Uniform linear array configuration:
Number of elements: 24
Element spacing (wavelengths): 0.25
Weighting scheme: blackman
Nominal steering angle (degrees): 45
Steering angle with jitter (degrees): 44.0
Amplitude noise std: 0.05
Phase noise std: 0.05

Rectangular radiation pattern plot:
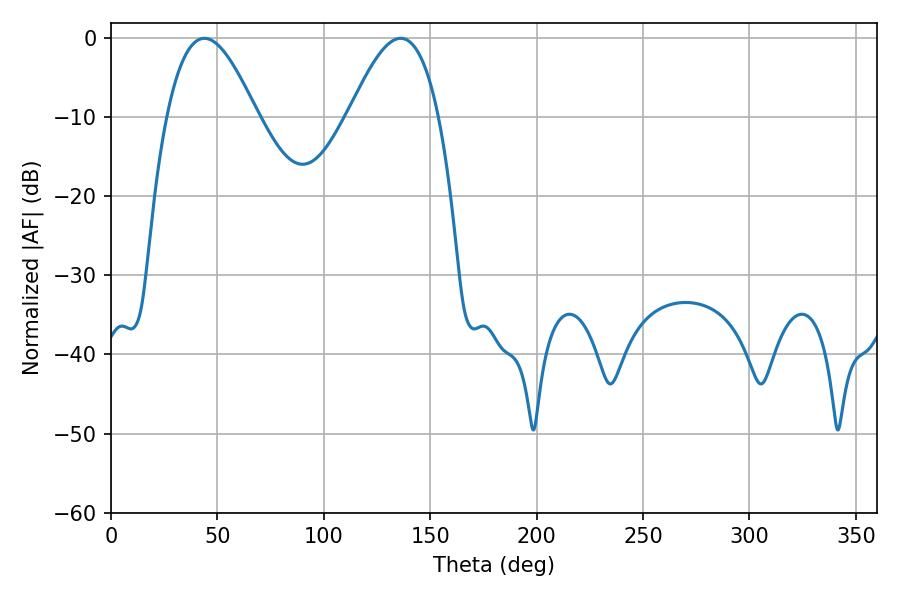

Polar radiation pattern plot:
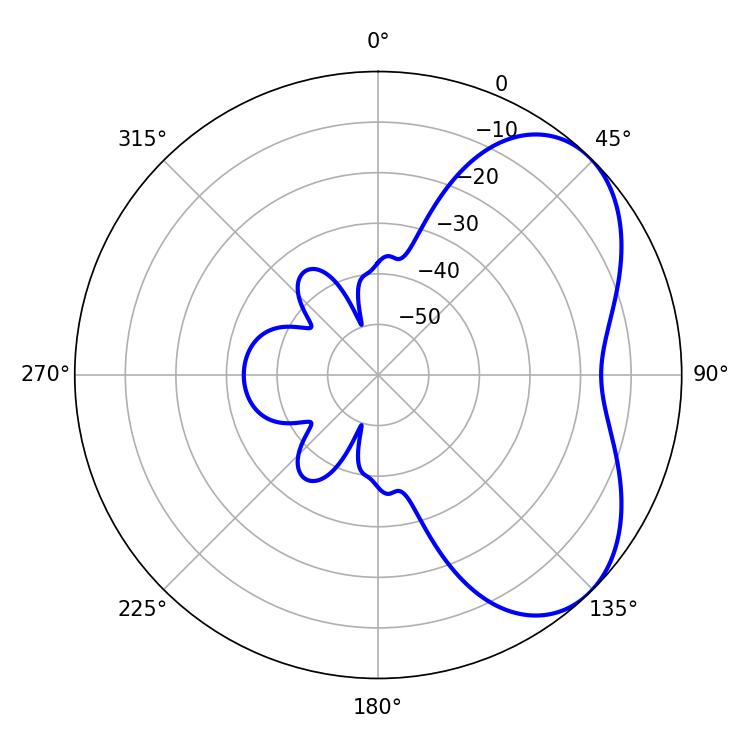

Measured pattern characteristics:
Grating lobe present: FALSE
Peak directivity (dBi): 4.979
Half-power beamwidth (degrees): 23.04
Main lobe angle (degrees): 43.92